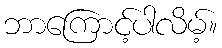
ဘာကြောင့်ပါလိမ့်။